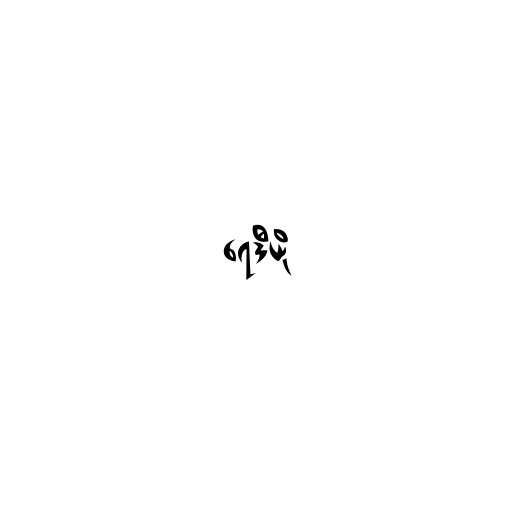
ရေဒီယို